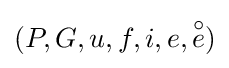
(P,G,u,f,i,e,{\overset {\circ }{e}})